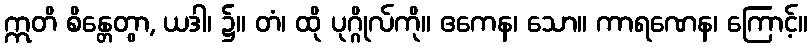
ဣတိ စိန္တေတွာ, ယဒါ၊ ၌။ တံ၊ ထို ပုဂ္ဂိုလ်ကို။ ဧကေန၊ သော။ ကာရဏေန၊ ကြောင့်။